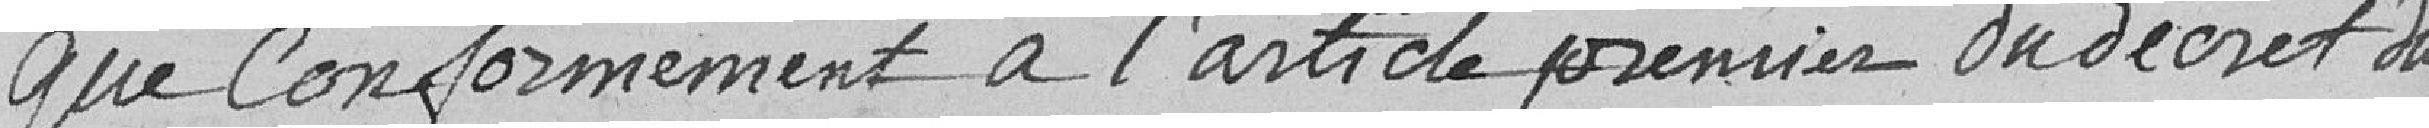
que conformément à l'article premier du décret du